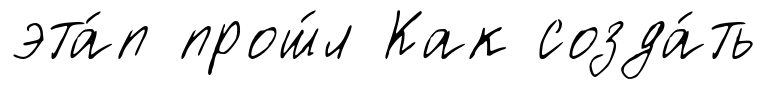
эта́п прош́л Как созда́ть